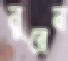
নুরেন